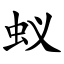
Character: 蚁